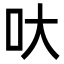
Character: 𠯈